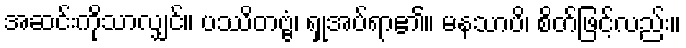
အဆင်းကိုသာလျှင်။ ပဿိတဗ္ဗံ၊ ရှုအပ်ရာ၏။ မနသာပိ၊ စိတ်ဖြင့်လည်း။